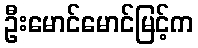
ဦးမောင်မောင်မြင့်က